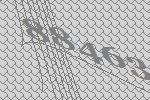
88463